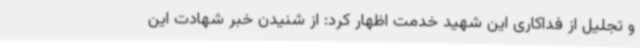
و تجلیل از فداکاری این شهید خدمت اظهار کرد: از شنیدن خبر شهادت این